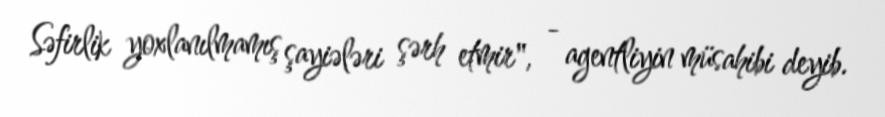
Səfirlik yoxlanılmamış şayiələri şərh etmir", - agentliyin müsahibi deyib.